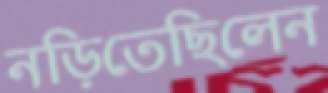
নড়িতেছিলেন